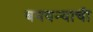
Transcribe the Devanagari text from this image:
बनवन्याची